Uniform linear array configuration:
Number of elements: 48
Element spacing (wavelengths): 0.75
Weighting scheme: kaiser
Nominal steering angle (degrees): -60
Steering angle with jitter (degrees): -59.749
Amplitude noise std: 0.05
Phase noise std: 0.05

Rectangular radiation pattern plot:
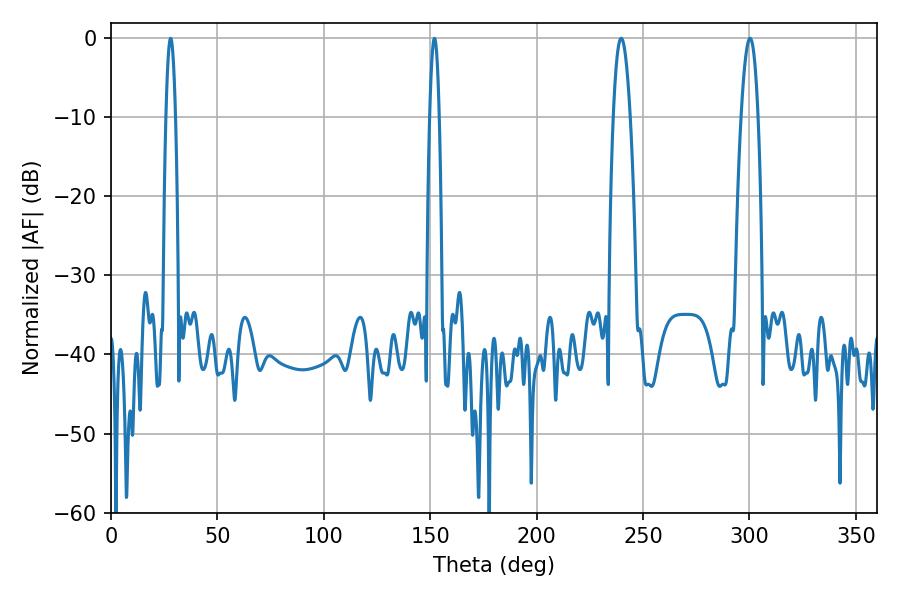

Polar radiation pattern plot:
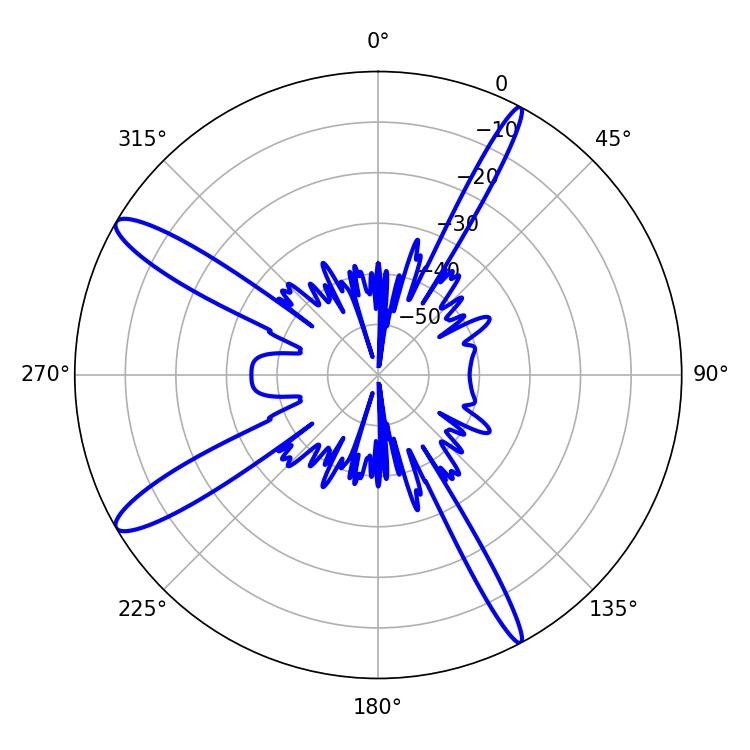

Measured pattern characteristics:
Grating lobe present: TRUE
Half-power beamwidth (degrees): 4.32
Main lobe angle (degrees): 239.76